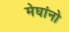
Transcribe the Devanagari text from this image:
मेघांनो